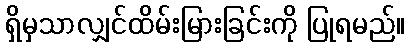
ရှိမှသာလျှင်ထိမ်းမြားခြင်းကို ပြုရမည်။